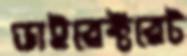
ডাইরেক্টরেট